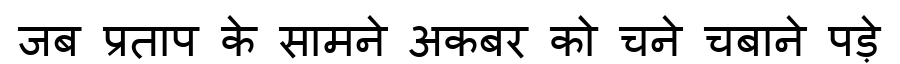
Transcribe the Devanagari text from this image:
जब प्रताप के सामने अकबर को चने चबाने पड़े